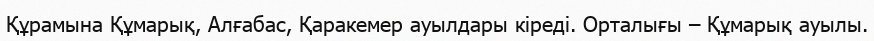
Құрамына Құмарық, Алғабас, Қаракемер ауылдары кіреді. Орталығы – Құмарық ауылы.